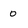
Character: 0